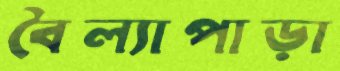
বৈল্যাপাড়া